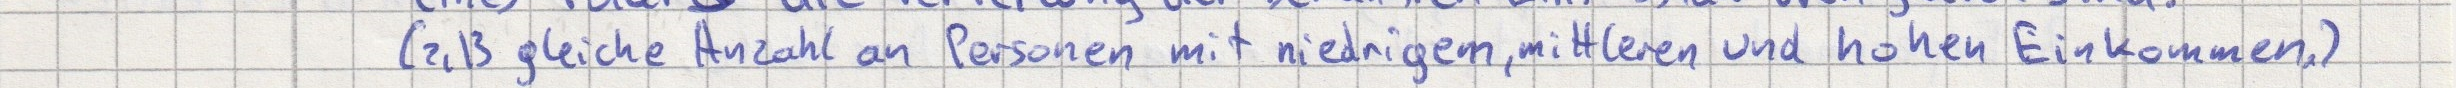
(z.B gleiche Anzahl an Personen mit niedrigem, mittleren und hohen Einkommen)